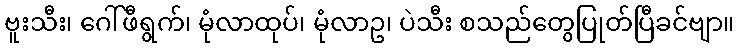
ဗူးသီး၊ ဂေါ်ဖီရွက်၊ မုံလာထုပ်၊ မုံလာဥ၊ ပဲသီး စသည်တွေပြုတ်ပြီခင်ဗျာ။